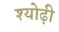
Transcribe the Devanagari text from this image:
श्योढ़ी